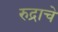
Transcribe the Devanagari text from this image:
रुद्राचे